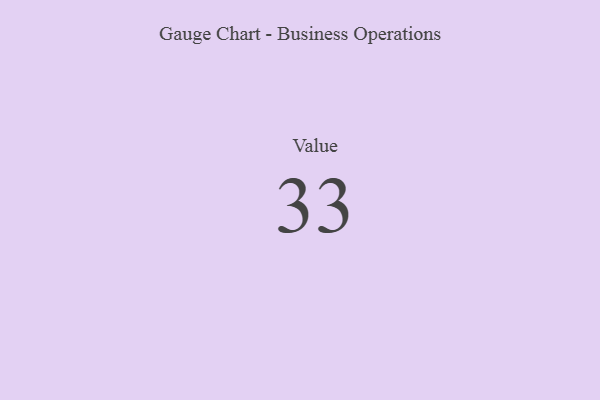
{"axis": {"x": "Metric", "y": "Value"}, "legend": [""], "data": [{"x": "Value", "y": 33, "type": ""}]}